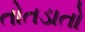
તોતડાતો